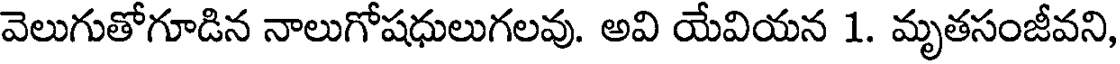
వెలుగుతోగూడిన నాలుగోషధులుగలవు. అవి యేవియన 1. మృతసంజీవని,